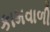
કામવાળી